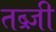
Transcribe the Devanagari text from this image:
तब्र्ज़ी